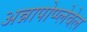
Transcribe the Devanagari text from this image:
अन्नापोप्प्लेवेल